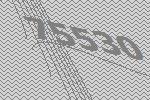
75530